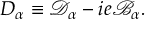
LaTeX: D _ { \alpha } \equiv \mathcal { D } _ { \alpha } - i e \mathcal { B } _ { \alpha } .